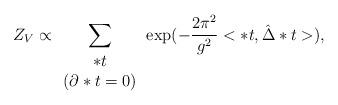
LaTeX: \begin{align*}Z_V \propto \sum_{ \begin{array} {c} *t\\ \left( \partial *t = 0 \right) \end{array} }\exp(-\frac{2\pi^2}{g^2} <*t,\hat{\Delta}*t>),\end{align*}